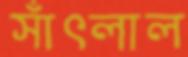
সাঁৎলাল